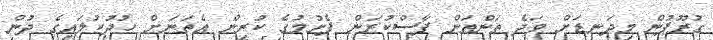
ގުރޫޕުން މިދަނޑަށް ވަދެ ތަންތަން ފާސްކުރަން ފެށުމުގެ ކުރިން އެތަނަށް ހުދުކުލައިގެ ދުން